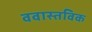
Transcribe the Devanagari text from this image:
ववास्तविक